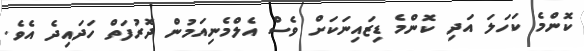
ކޮންމެ ކަހަލަ އަދި ކޮންމެ ޑިޒައިނަކަށް ވެސް އެލްމެނިއަމުން ދޮރުފަތް ހަދައިދެ އެވެ.